Annual report on the Civil Veterinary Department, Burma (including the Insein Veterinary School) - 1932-1941
Year: 1932
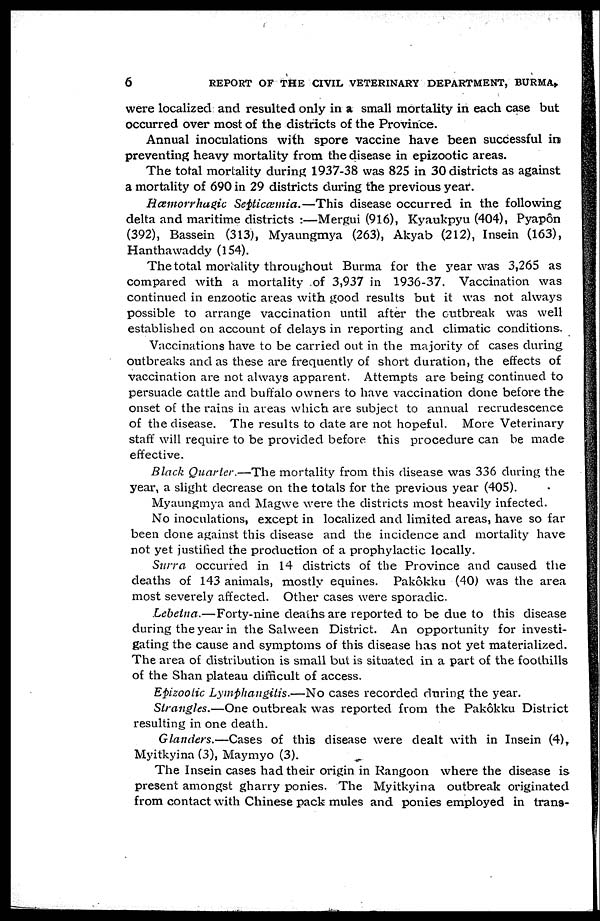
6
REPORT OF THE CIVIL VETERINARY DEPARTMENT, BURMA,
were localized and resulted only in a small mortality in each case but
occurred over most of the districts of the Province.
Annual inoculations with spore vaccine have been successful in
preventing heavy mortality from the disease in epizootic areas.
The total mortality during 1937-38 was 825 in 30 districts as against
a mortality of 690 in 29 districts during the previous year.
Hæmorrhagic Septicæmia.—This disease occurred in the following
delta and maritime districts :—Mergui (916), Kyaukpyu (404), Pyapôn
(392), Bassein (313), Myaungmya (263), Akyab (212), Insein (163),
Hanthawaddy (154).
The total mortality throughout Burma for the year was 3,265 as
compared with a mortality of 3,937 in 1936-37. Vaccination was
continued in enzootic areas with good results but it was not always
possible to arrange vaccination until after the outbreak was well
established on account of delays in reporting and climatic conditions.
Vaccinations have to be carried out in the majority of cases during
outbreaks and as these are frequently of short duration, the effects of
vaccination are not always apparent. Attempts are being continued to
persuade cattle and buffalo owners to have vaccination done before the
onset of the rains in areas which are subject to annual recrudescence
of the disease. The results to date are not hopeful. More Veterinary
staff will require to be provided before this procedure can be made
effective.
Black Quarter.—The mortality from this disease was 336 during the
year, a slight decrease on the totals for the previous year (405).
Myaungmya and Magwe were the districts most heavily infected.
No inoculations, except in localized and limited areas, have so far
been done against this disease and the incidence and mortality have
not yet justified the production of a prophylactic locally.
Surra occurred in 14 districts of the Province and caused the
deaths of 143 animals, mostly equines. Pakôkku (40) was the area
most severely affected. Other cases were sporadic
Lebetna.—Forty-nine deaths are reported to be due to this disease
during the year in the Salween District. An opportunity for investi-
gating the cause and symptoms of this disease has not yet materialized.
The area of distribution is small but is situated in a part of the foothills
of the Shan plateau difficult of access.
Epizoolic Lymphangitis.—No cases recorded during the year.
Strangles.—One outbreak was reported from the Pakôkku District
resulting in one death.
Glanders.—Cases of this disease were dealt with in Insein (4),
Myitkyina (3), Maymyo (3).
The Insein cases had their origin in Rangoon where the disease is
present amongst gharry ponies. The Myitkyina outbreak originated
from contact with Chinese pack mules and ponies employed in trans-